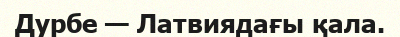
Дурбе — Латвиядағы қала.